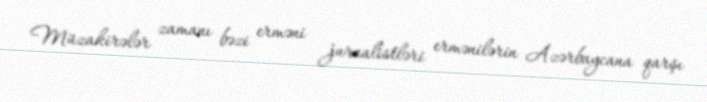
Müzakirələr zamanı bəzi erməni jurnalistləri ermənilərin Azərbaycana qarşı